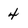
Character: 4